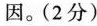
因。(2分)